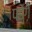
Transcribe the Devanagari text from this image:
पडेंग़े